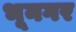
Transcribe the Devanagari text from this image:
भूनगर